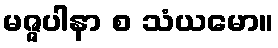
မဇ္ဇပါနာ စ သံယမော။